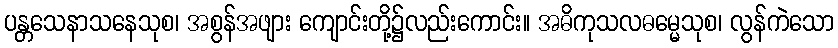
ပန္တသေနာသနေသုစ၊ အစွန်အဖျား ကျောင်းတို့၌လည်းကောင်း။ အဓိကုသလဓမ္မေသုစ၊ လွန်ကဲသော